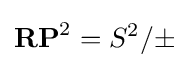
\mathbf {RP} ^{2}=S^{2}/\pm